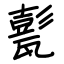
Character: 甏